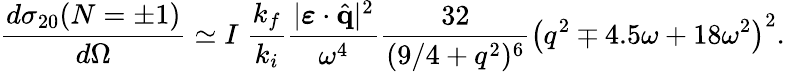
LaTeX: \frac{d{\sigma}_{20}(N=\pm 1)}{d\Omega}\simeq I\; \frac{k_{f}}{k_{i}}\frac{|\boldsymbol{\varepsilon}\cdot\hat{\mathbf{q}}|^{2}}{\omega^{4}}\frac{32}{(9/4+q^{2})^{6}}\left(q^{2}\mp 4.5\omega+18\omega^{2}\right)^{2}.